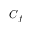
C _ { f }